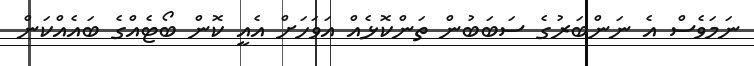
ނަމަވެސް އެ ނަންބަރުގެ ސަބަބުން ތަންކޮޅެއް އަވަހަށް އެއީ ކޮން ބޯޓެއްގެ ބައެއްކަން